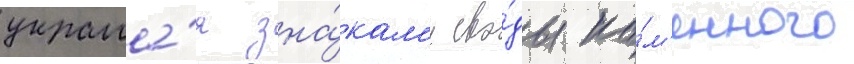
украша́я зна́кам'и сво́ды ка́м'енного